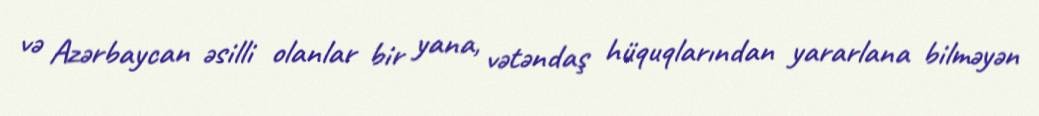
və Azərbaycan əsilli olanlar bir yana, vətəndaş hüquqlarından yararlana bilməyən